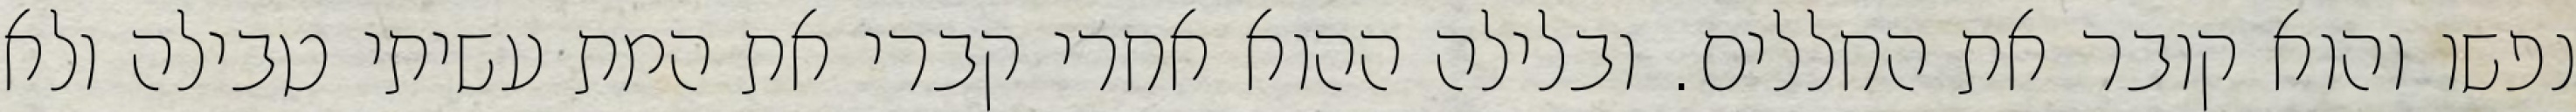
נפשו והוא קובר את החללים. ובלילה ההוא אחרי קברי את המת עשיתי טבילה ולא